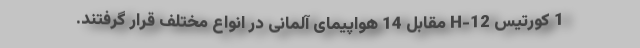
1 کورتیس H-12 مقابل 14 هواپیمای آلمانی در انواع مختلف قرار گرفتند.